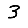
Digit: 3